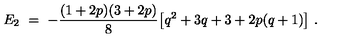
E _ { 2 } \ = \ - \frac { ( 1 + 2 p ) ( 3 + 2 p ) } { 8 } \big [ q ^ { 2 } + 3 q + 3 + 2 p ( q + 1 ) \big ] \ .